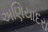
અણિયાદરા